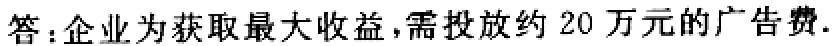
答：企业为获取最大收益，需投放约 20 万元的广告费.